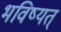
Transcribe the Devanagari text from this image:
भविष्यत्‌